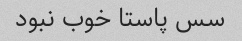
سس پاستا خوب نبود